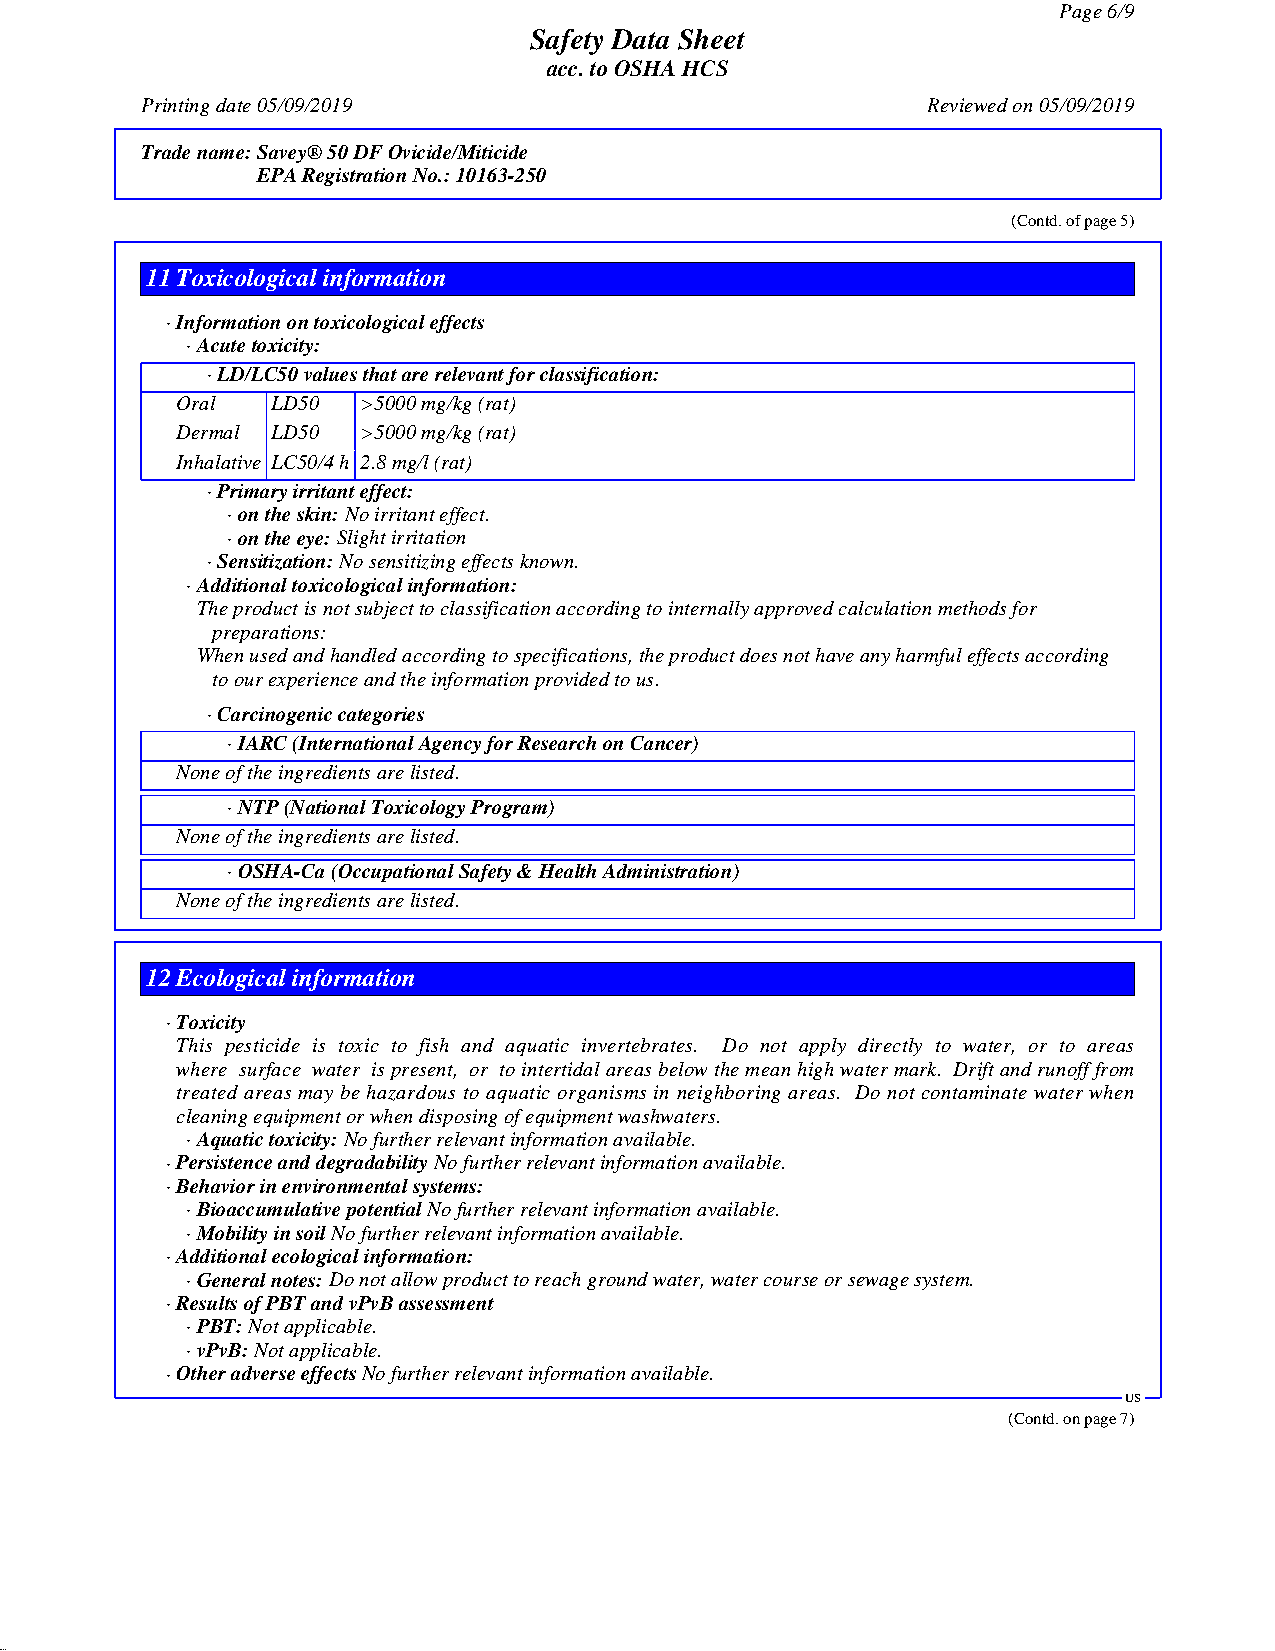
Page6/9
 Safety Data Sheet
 acc.toOSHAHCS
 Printingdate05/09/2019                              Reviewedon05/09/2019
 Tradename:Savey®50DFOvicide/Miticide
 EPARegistrationNo.:10163-250
 (Contd.ofpage5)
 11Toxicological information
 ·Informationontoxicologicaleffects
 ·Acutetoxicity:
 ·LD/LC50valuesthatarerelevantforclassification:
 Oral  LD50  >5000mg/kg(rat)
 Dermal LD50 >5000mg/kg(rat)
 Inhalative LC50/4h 2.8mg/l(rat)
 ·Primaryirritanteffect:
 ·ontheskin:Noirritanteffect.
 ·ontheeye:Slightirritation
 ·Sensitization:Nosensitizingeffectsknown.
 ·Additionaltoxicologicalinformation:
 Theproductisnotsubjecttoclassificationaccordingtointernallyapprovedcalculationmethodsfor
 preparations:
 Whenusedandhandledaccordingtospecifications,theproductdoesnothaveanyharmfuleffectsaccording
 toourexperienceandtheinformationprovidedtous.
 ·Carcinogeniccategories
 ·IARC(InternationalAgencyforResearchonCancer)
 Noneoftheingredientsarelisted.
 ·NTP(NationalToxicologyProgram)
 Noneoftheingredientsarelisted.
 ·OSHA-Ca(OccupationalSafety&HealthAdministration)
 Noneoftheingredientsarelisted.
 12Ecological information
 ·Toxicity
 This pesticide is toxic to fish and aquatic invertebrates. Do not apply directly to water, or to areas
 where surface water ispresent, or tointertidalareasbelowthemeanhighwatermark. Driftandrunofffrom
 treated areas may be hazardous to aquatic organisms in neighboring areas. Do not contaminate water when
 cleaningequipmentorwhendisposingofequipmentwashwaters.
 ·Aquatictoxicity:Nofurtherrelevantinformationavailable.
 ·PersistenceanddegradabilityNofurtherrelevantinformationavailable.
 ·Behaviorinenvironmentalsystems:
 ·BioaccumulativepotentialNofurtherrelevantinformationavailable.
 ·MobilityinsoilNofurtherrelevantinformationavailable.
 ·Additionalecologicalinformation:
 ·Generalnotes:Donotallowproducttoreachgroundwater,watercourseorsewagesystem.
 ·ResultsofPBTandvPvBassessment
 ·PBT:Notapplicable.
 ·vPvB:Notapplicable.
 ·OtheradverseeffectsNofurtherrelevantinformationavailable.
 US
 (Contd.onpage7)
 49.0.12